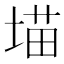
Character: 𪣲